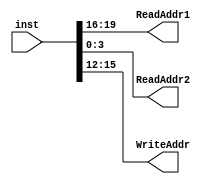
module Instruction_Decode(
	input[31:0] inst,
	output reg[3:0] ReadAddr1,
	output reg[3:0] ReadAddr2,
	output reg[3:0] WriteAddr
	);
	

	always @ (*)
	begin
		ReadAddr1 = inst[19:16];
		ReadAddr2 = inst[3:0];
		WriteAddr = inst[15:12];
	end

endmodule